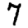
Digit: 7